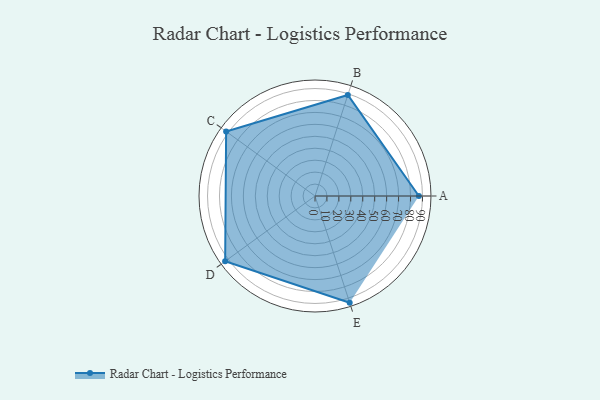
{"axis": {"x": "Skill", "y": "Score"}, "legend": ["Profile"], "data": [{"x": "A", "y": 87.0, "type": "Profile"}, {"x": "B", "y": 89.0, "type": "Profile"}, {"x": "C", "y": 92.0, "type": "Profile"}, {"x": "D", "y": 93.0, "type": "Profile"}, {"x": "E", "y": 94.0, "type": "Profile"}]}